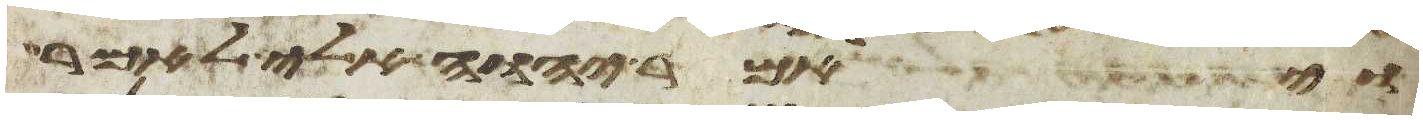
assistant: ויאמר יהוה אלי לאמר